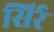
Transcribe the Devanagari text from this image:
सिर्र